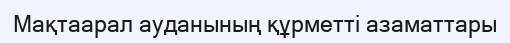
Мақтаарал ауданының құрметті азаматтары